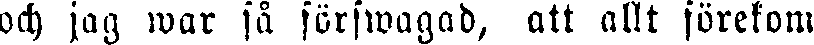
och jag war så forswagad, att allt förekom